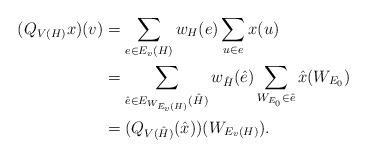
LaTeX: \begin{align*} (Q_{V(H)}x)(v)&=\sum\limits_{e\in E_v(H)}w _H(e)\sum\limits_{u\in e}x(u)\\ &=\sum\limits_{\hat e\in E_{W_{E_v( H)}}(\hat H)}w_{\hat{H}}(\hat e)\sum\limits_{W_{E_0}\in \hat e}\hat x(W_{E_0})\\ &=( Q_{V(\hat H)}(\hat x))(W_{E_v(H)}). \end{align*}